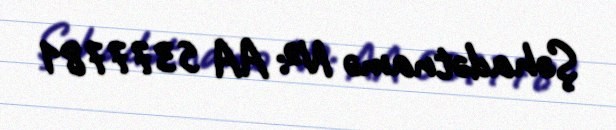
Şəhadətnamə №: AA 5377781